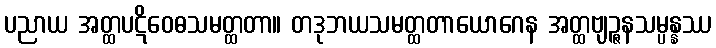
ပညာယ အတ္ထပဋိဝေဓသမတ္ထတာ။ တဒုဘယသမတ္ထတာယောဂေန အတ္ထဗျဉ္ဇနသမ္ပန္နဿ